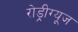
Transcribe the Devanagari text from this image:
रोड्रीग्यूज